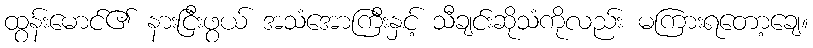
ထွန်းမောင်၏ နားငြီးဖွယ် အသံအောကြီးနှင့် သီချင်းဆိုသံကိုလည်း မကြားရတော့ချေ။